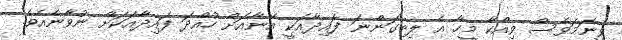
ވީނަމަވެސް ވިއްކާ މީހާ އެ ލިބިގަންނަ ފައިދާއަކީ އޭނާއަށް ހުއްދަ ފައިދާއަކަށް ނުވާނެއެވެ.